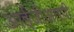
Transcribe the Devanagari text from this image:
आईजीआरपी